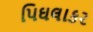
પિઘલાકર